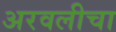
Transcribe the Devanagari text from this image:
अरवलीचा